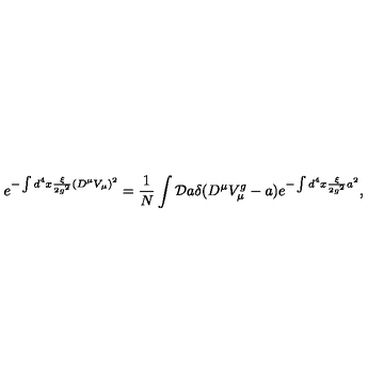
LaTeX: e ^ { - \int d ^ { 4 } x \frac { \xi } { 2 g ^ { 2 } } ( D ^ { \mu } V _ { \mu } ) ^ { 2 } } = \frac { 1 } { N } \int { \cal D } a \delta ( D ^ { \mu } V _ { \mu } ^ { g } - a ) e ^ { - \int d ^ { 4 } x \frac { \xi } { 2 g ^ { 2 } } a ^ { 2 } } ,